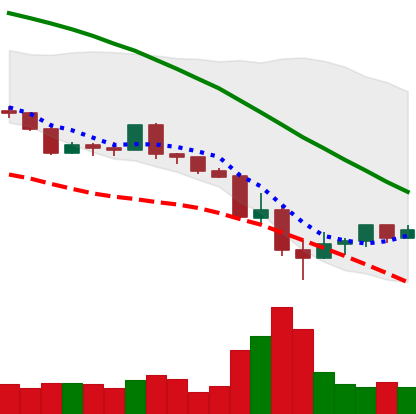
Ticker: LINK-USD
Chart end date: 2022-05-17
Forward return: -4.769%
Label: down_3_5